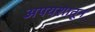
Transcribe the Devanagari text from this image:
अपयशातून